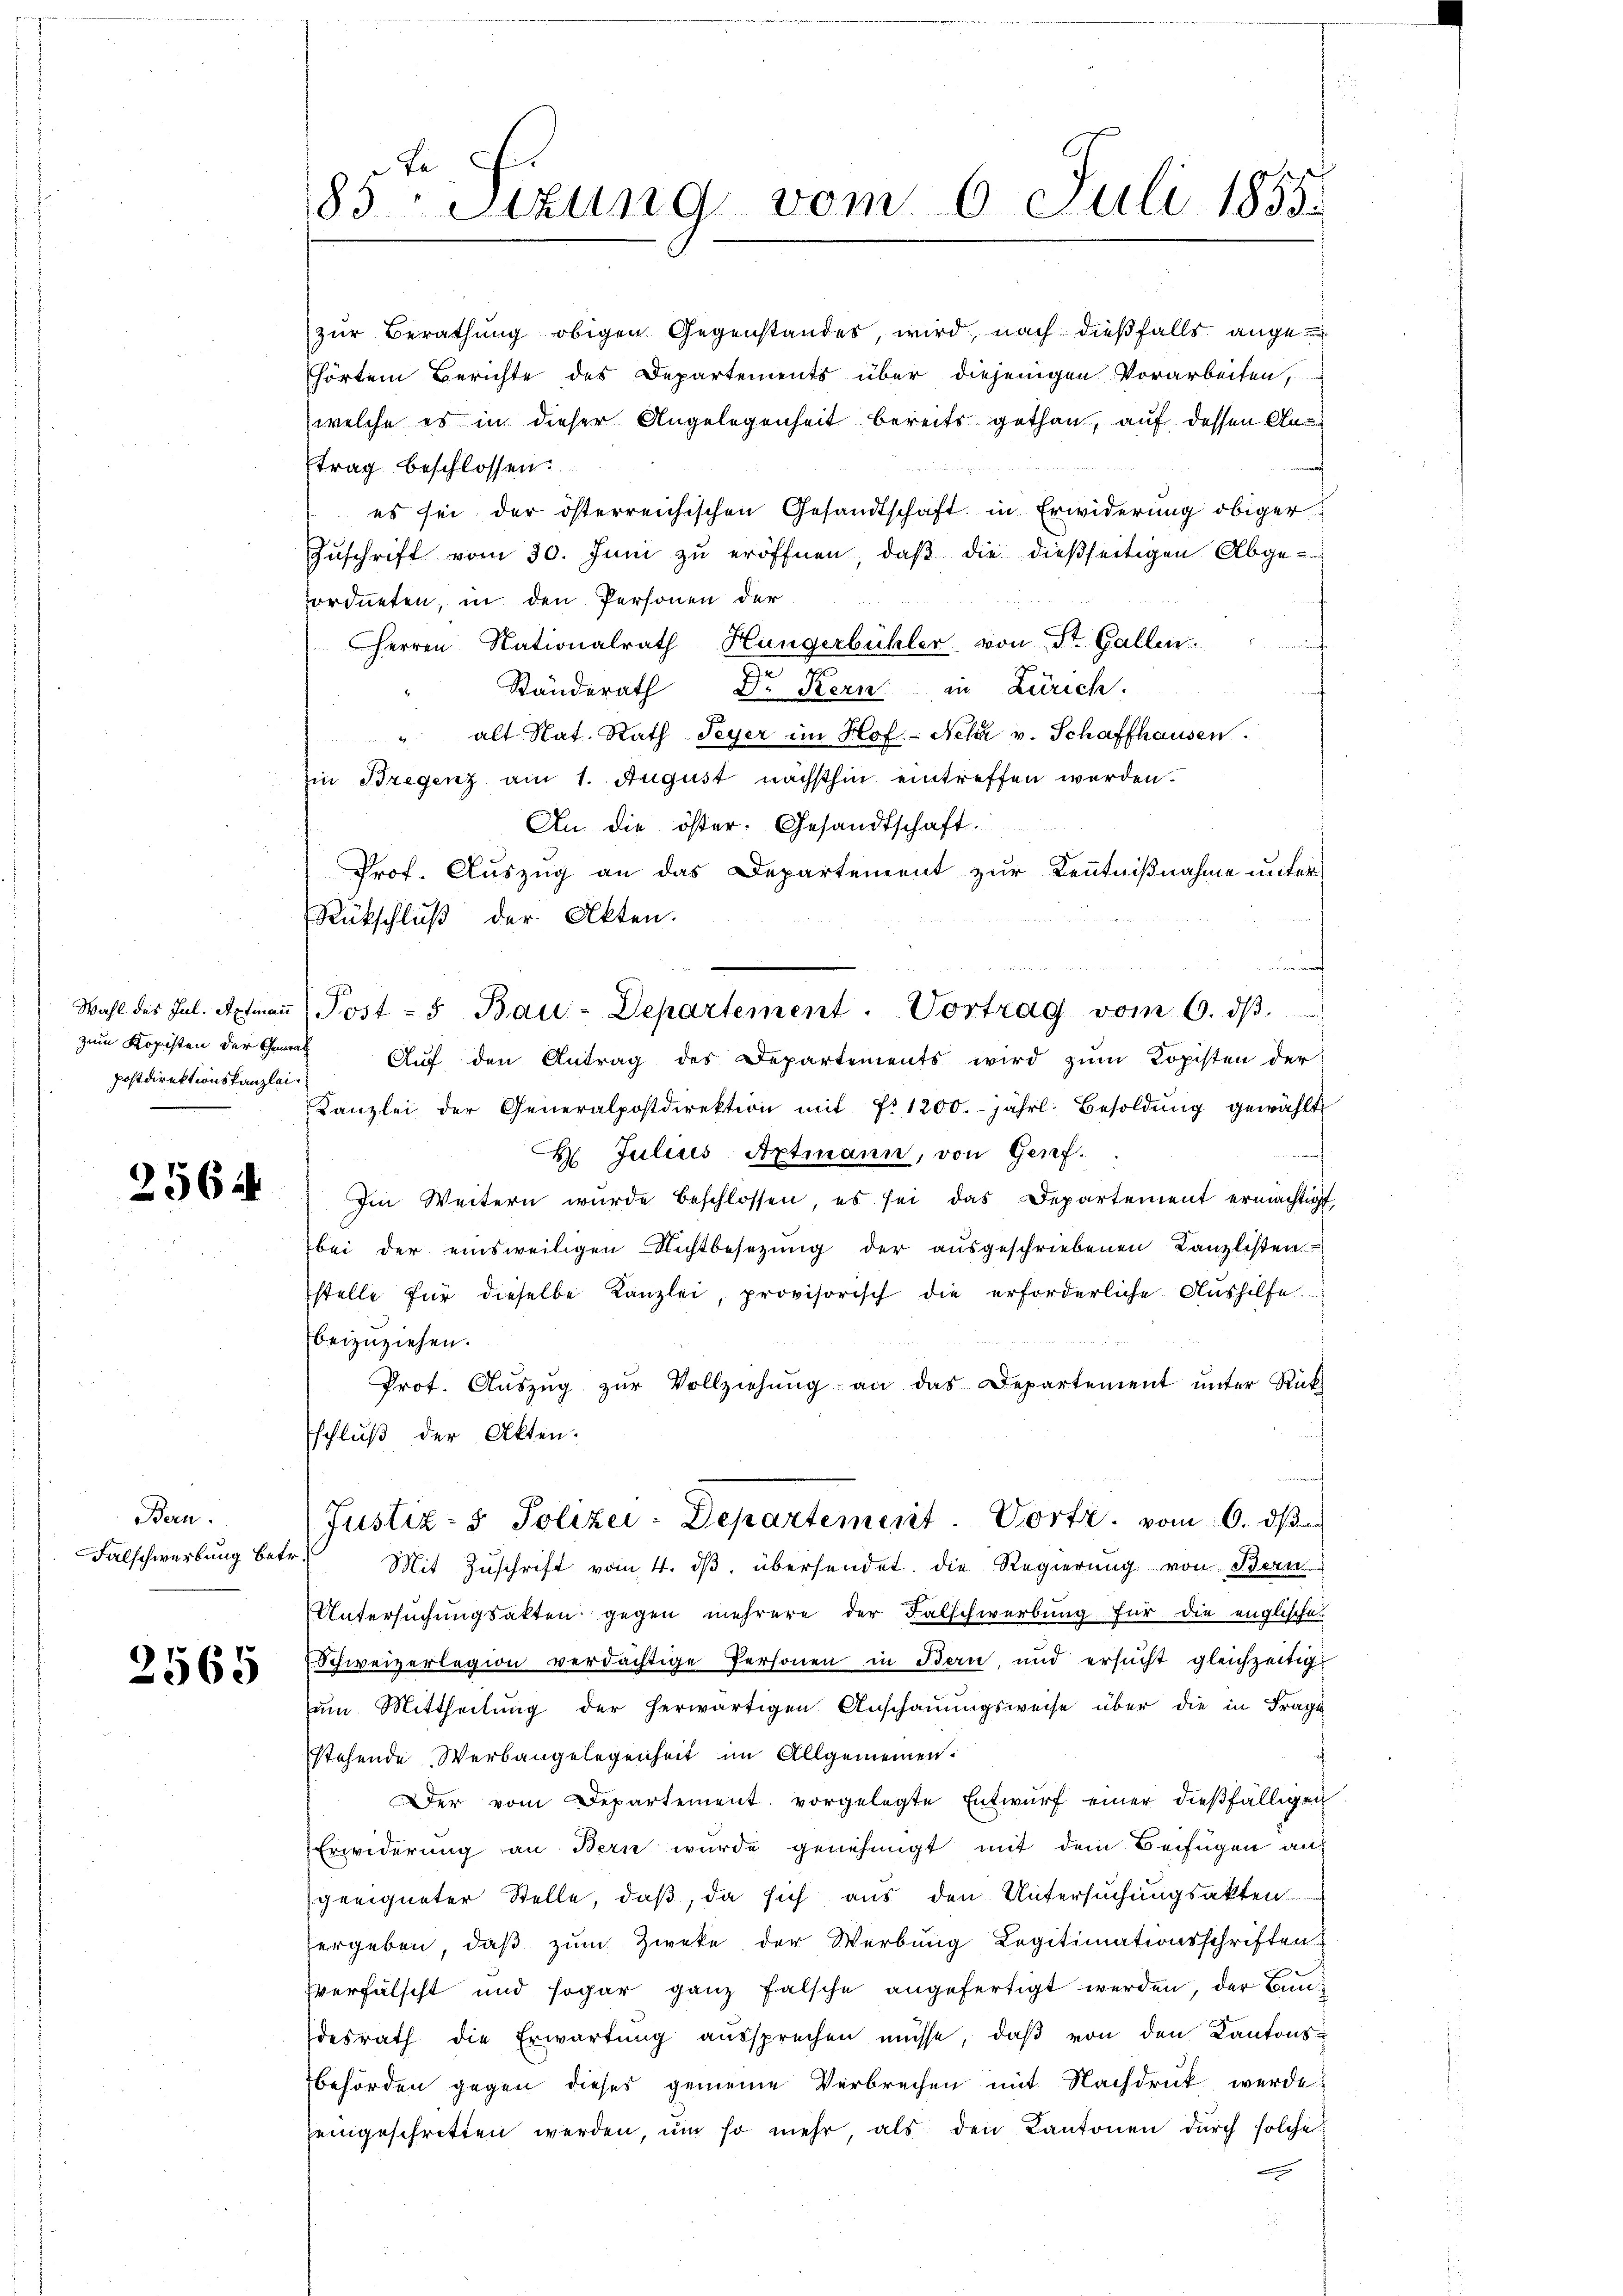
zum Kopisten der General
Postdirektionskanzlei¬

2564

Bern.

2565

ordneten, in den Personen der
Herren Nationalrath Hungerbühler von St. Gallen.
Ständerath Dr Kern in Zürich.
" alt Nat. Rath Peyer im Hof- Nehr v. Schaffhausen
in Bregenz am 1. August nächsthin eintreffen werden.
An die öster. Gesandtschaft
Prof. Auszug an das Departement zur Kenntnißnahme unter
Rückschluß der Akten.
Aŭf den Antrag des Departements wird zŭm Kopisten der
Kanzlei der Generalpostdirektion mit N: 1200. jährl. Besoldŭng gewählt
H Julius Aptmann, von Genf.
Im Weitern wurde beschlossen, es sei das Departement ermächtigt
bei der einsweiligen Nichtbesetzŭng der aŭsgeschriebenen Kanzlisten
stelle für dieselbe Kanzlei, provisorisch die erforderliche Aŭshilfe
beizuziehen.
Prof. Aŭszŭg zŭr Vollziehŭng an das Departement ŭnter Rück-
schlŭβ der Akten.
Justiz- & Polizei-Departement. Vortr. vom 6. ds
Falschwerbung betr. Mit Zuschrift vom 4. dβ übersendet. Die Regierung von Bern
Untersuchungsakten gegen mehrere der Falschwerbung für die englischer
Schweizerlegion verdächtige Personen in Bern, und ersucht gleichzeitig
zŭm Mittheilung der herwärtigen Anschauungsweise über die in Frage
stehende Werbangelegenheit im Allgemeinen:
Der vom Departement, vorgelegte Entwurf einer dießfälligen
Erwiderung an Bern wurde genehmigt mit dem Beifügen an
geeigneter Stelle, daß, da sich aus den Untersuchungsakten
ergeben, daß zum Zweke der Werbung Legitimationsschriften
zverfälscht und sogar ganz falsche angefertigt werden, der Baudesrath die Erwartung aussprechen müsse, daβ von den Kantons-
Behörden gegen dieses gemeine Verbrechen mit Nachdruck werde
eingeschritten werden, ŭm so mehr, als den Kantonen dŭrch solche

85ten Sizung vom 6. Juli 1855.

zur Berathung obigen Gegenstandes, wird, nach dießfalls angehörtem Berichte des Departements über diejenigen Vorarbeiten,
welche es in dieser Angelegenheit bereits gethan, auf dessen Antrag beschlossen:
es sei der österreichischen Gesandtschaft in Erwiderung obiger
Zuschrift vom 30. Juni zu eröffnen, daß die dießseitigen Abge-

Wahl des Jul. Acten Post - 5 Bau-Departement. Vortrag vom 6. dβ.